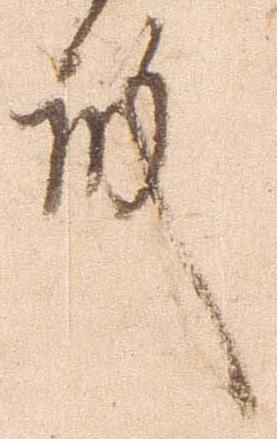
殿